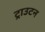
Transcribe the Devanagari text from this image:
ट्राउटन